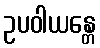
ဥပဝါယန္တေ